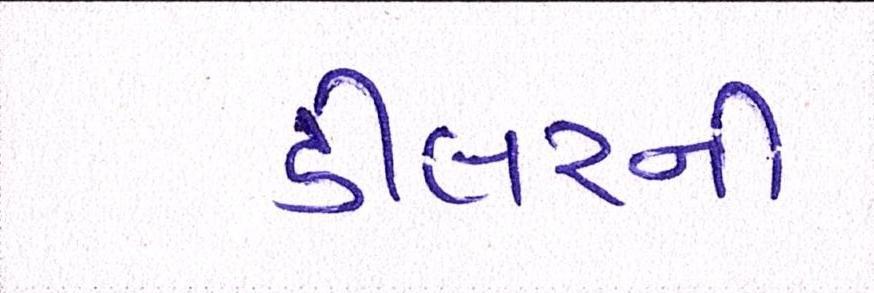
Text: ડીલરની